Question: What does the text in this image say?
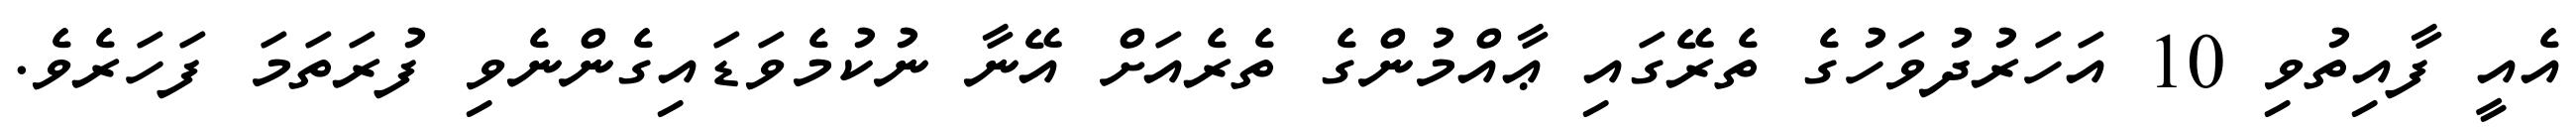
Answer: އެއީ ފާއިތުވި 10 އަހަރުދުވަހުގެ ތެރޭގައި ޢާއްމުންގެ ތެރެއަށް އޭނާ ނުކުމެވަޑައިގެންނެވި ފުރަތަމަ ފަހަރެވެ.